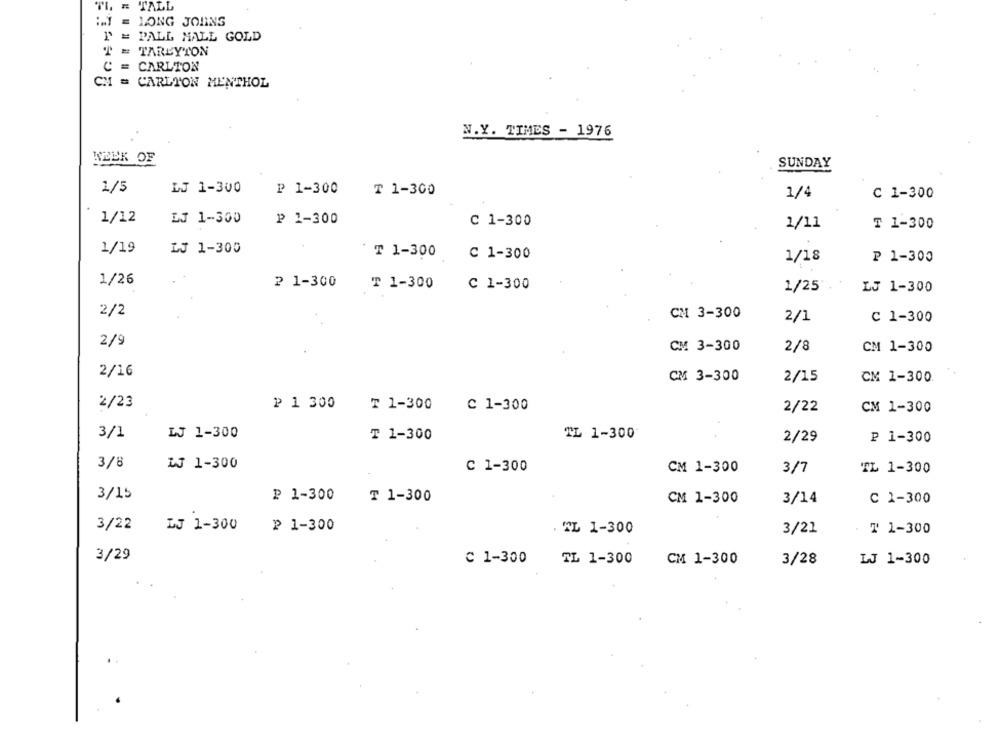
TL = TALL
IT = LONG JORNS
P = PALL MALL GOLD
T = TAREYTON
C = CARLTON
CH = CARLTON MENTHOL
N.Y. TIMES - 1976
WEEK OF
SUNDAY
1/5
LJ 1-300
P 1-300
₸ 1-300
1/4
C 1-300
1/12
LJ 1-300
P 1-300
C 1-300
1/11
₸ 1-300
1/19
LJ 1-300
T 1-300
C 1-300
1/18
₱ 1-300
1/26
2 1-300
T 1-300
C 1-300
1/25
LJ 1-300
2/2
CH 3-300
2/1
C 1-300
2/9
CM 3-300
2/8
CM 1-300
2/16
CM 3-300
2/15
CM 1-300
2/23
₽ 1 300
₸ 1-300
C 1-300
2/22
CM 1-300
3/1
₪J 1-300
TL 1-300
T 1-300
2/29
₽ 1-300
3/8
W 1-300
C 1-300
CM 1-300
3/7
TL 1-300
3/15
₽ 1-300
₸ 1-300
CM 1-300
3/14
C 1-300
3/22
LJ 1-300
2 1-300
. TL 1-300
3/21
₸ 1-300
3/29
C 1-300
TL 1-300
CM 1-300
3/28
LJ 1-300